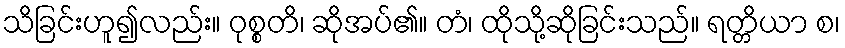
သိခြင်းဟူ၍လည်း။ ဝုစ္စတိ၊ ဆိုအပ်၏။ တံ၊ ထိုသို့ဆိုခြင်းသည်။ ရတ္တိယာ စ၊